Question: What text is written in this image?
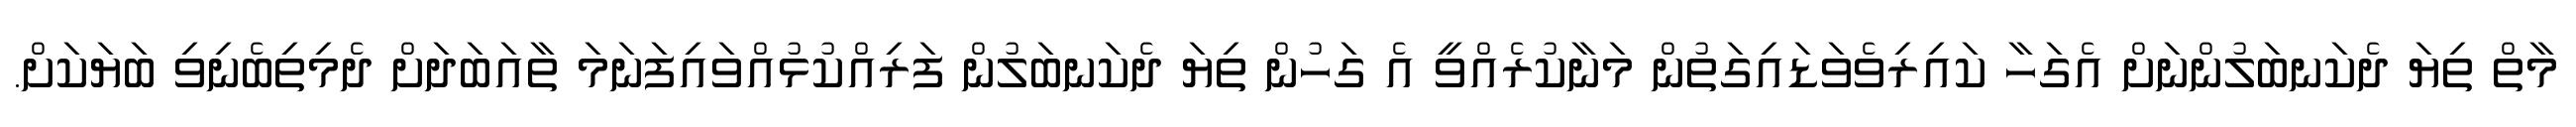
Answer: މާތް ތިޔަ ދެކަނބަލުންނަށް އެގަހާ ކައިރިވެވަޑައިގަތުން މަނާކުރެއްވީ އެ ގަހުން ތިޔަ ދެކަނބަލުން ފަރިއްކުޅުއްވައިފަނަމަ ތާއަބަދަށް ދެމިތިބެނިވި ބަޔަކަށް.